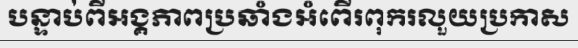
បន្ទាប់ពីអង្គភាពប្រឆាំងអំពើរពុករលួយប្រកាស